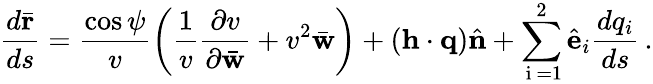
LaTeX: \frac{d\bar{\mathbf r}}{ds}=\frac{\cos\psi}{v}\left(\frac{1}{v}\frac{\partial v}{\partial\bar{\mathbf w}}+v^{2}\bar{\mathbf w}\right)+({\mathbf h}\cdot{\mathbf q})\hat{\mathbf n}+\sum_{\mathrm{~i~}=1}^{2}\hat{\mathbf e}_{i}\frac{dq_{i}}{ds}\, .